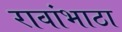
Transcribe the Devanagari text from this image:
रावांभाठा